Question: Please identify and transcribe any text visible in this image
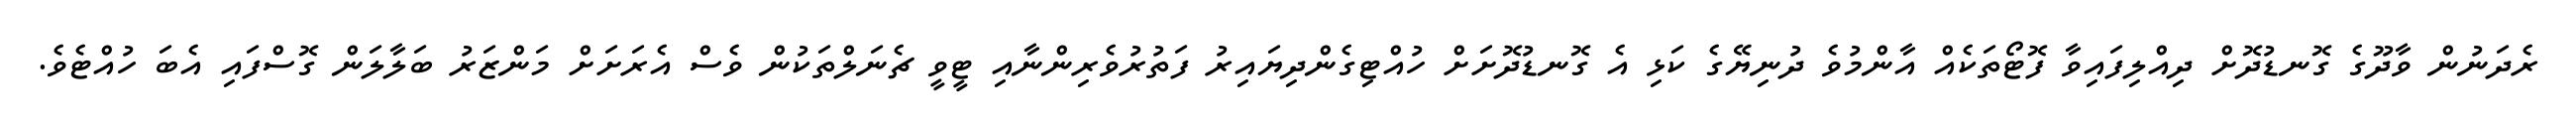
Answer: ރެދަނުން ވާދޫގެ ގޮނޑުދޮށް ދިއްލިފައިވާ ފޮޓޯތަކެއް އާންމުވެ ދުނިޔޭގެ ކަޅި އެ ގޮނޑުދޮށަށް ހުއްޓިގެންދިޔައިރު ފަތުރުވެރިންނާއި ޓީވީ ޗެނަލްތަކުން ވެސް އެރަށަށް މަންޒަރު ބަލާލަން ގޮސްފައި އެބަ ހުއްޓެވެ.